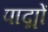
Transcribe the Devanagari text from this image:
पाद्मों